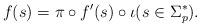
LaTeX: \begin{align*} f(s) = \pi \circ f'(s) \circ \iota (s \in \Sigma_p^*).\end{align*}